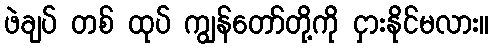
ဖဲချပ် တစ် ထုပ် ကျွန်တော်တို့ကို ငှားနိုင်မလား။